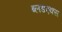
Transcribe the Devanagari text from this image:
ब्लडएक्स